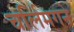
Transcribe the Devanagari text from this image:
चर्लिमगने